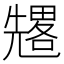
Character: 𠓀